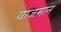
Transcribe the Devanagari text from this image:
याजमान